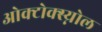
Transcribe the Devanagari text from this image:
ओक्टोक्स्य्नोल